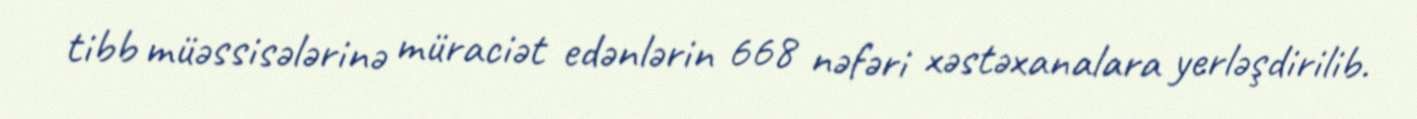
tibb müəssisələrinə müraciət edənlərin 668 nəfəri xəstəxanalara yerləşdirilib.